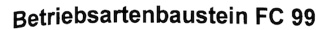
Text: Betriebsartenbaustein FC 99